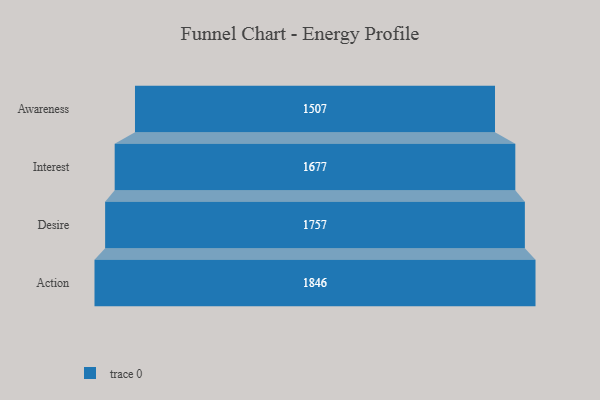
{"axis": {"x": "Stage", "y": "Value"}, "legend": [""], "data": [{"x": "Awareness", "y": 1507.0, "type": ""}, {"x": "Interest", "y": 1677.0, "type": ""}, {"x": "Desire", "y": 1757.0, "type": ""}, {"x": "Action", "y": 1846.0, "type": ""}]}